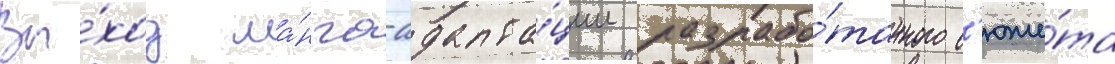
Вы́ход ма́нга-адапта́ции разрабо́танного с'юже́та